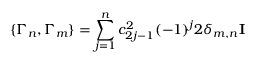
\{ \Gamma _ { n } , \Gamma _ { m } \} = \sum _ { j = 1 } ^ { n } c _ { 2 j - 1 } ^ { 2 } ( - 1 ) ^ { j } 2 \delta _ { m , n } { \bf I }